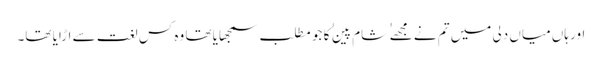
اور ہاں میاں دِلی میں تم نے مجھے ٰ ٰ شام پین ٰ ٰ کا جو مطلب سمجھایا تھا وہ کس لغت سے اڑایا تھا۔